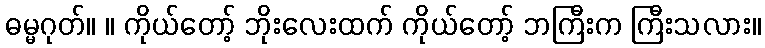
ဓမ္မဂုတ်။ ။ ကိုယ်တော့် ဘိုးလေးထက် ကိုယ်တော့် ဘကြီးက ကြီးသလား။